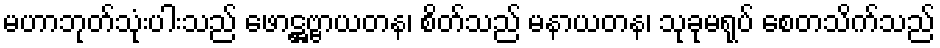
မဟာဘုတ်သုံးပါးသည် ဖောဋ္ဌဗ္ဗာယတန၊ စိတ်သည် မနာယတန၊ သုခုမရုပ် စေတသိက်သည်